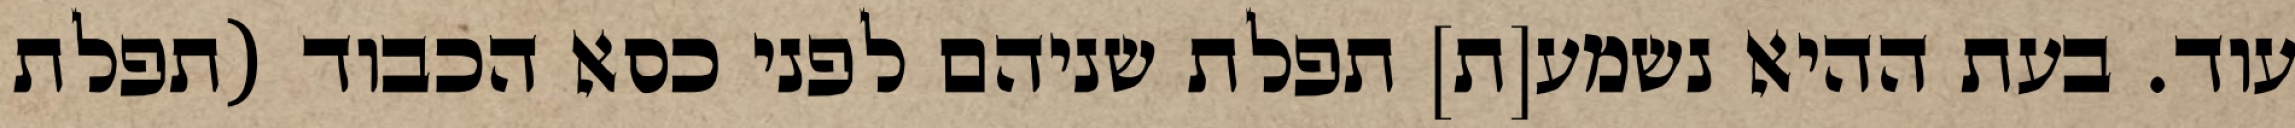
עוד. בעת ההיא נשמע[ת] תפלת שניהם לפני כסא הכבוד (תפלת